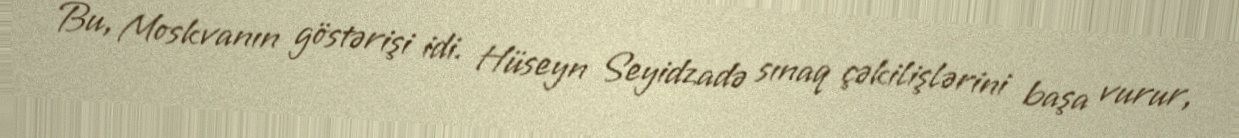
Bu, Moskvanın göstərişi idi. Hüseyn Seyidzadə sınaq çəkilişlərini başa vurur,